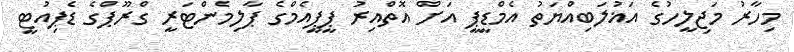
މިހާރު މަޖިލީހުގެ އަޣުލަބިއްޔަތު އެމްޑީޕީ އަށް އޮތްއިރު ޕީޕީއެމްގެ ޕާލިމެންޓަރީ ގްރޫޕްގެ ޑެޕިއުޓީ